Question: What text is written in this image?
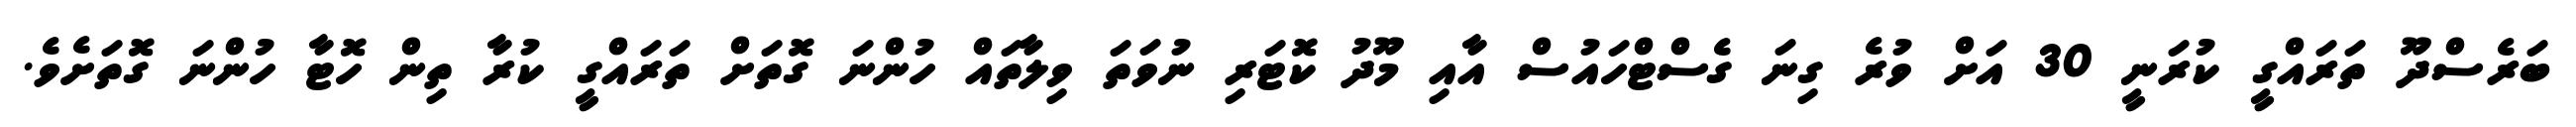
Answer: ބަރެސްދޫ ތަރައްގީ ކުރަނީ 30 އަށް ވުރެ ގިނަ ގެސްޓްހައުސް އާއި މޫދު ކޮޓަރި ނުވަތަ ވިލާތައް ހުންނަ ގޮތަށް ތަރައްގީ ކުރާ ތިން ހޮޓާ ހުންނަ ގޮތަށެވެ.